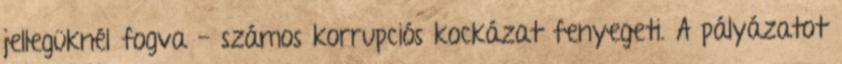
jellegüknél fogva - számos korrupciós kockázat fenyegeti. A pályázatot